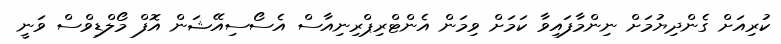
ކުރިއަށް ގެންދިޔުމަށް ނިންމާފައިވާ ކަމަށް ވިމަން އެންޓްރިޕްރިނިއާސް އެސޯސިއޭޝަން އޮފް މޯލްޑިވްސް ވަނީ